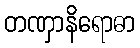
တဏှာနိရောဓာ